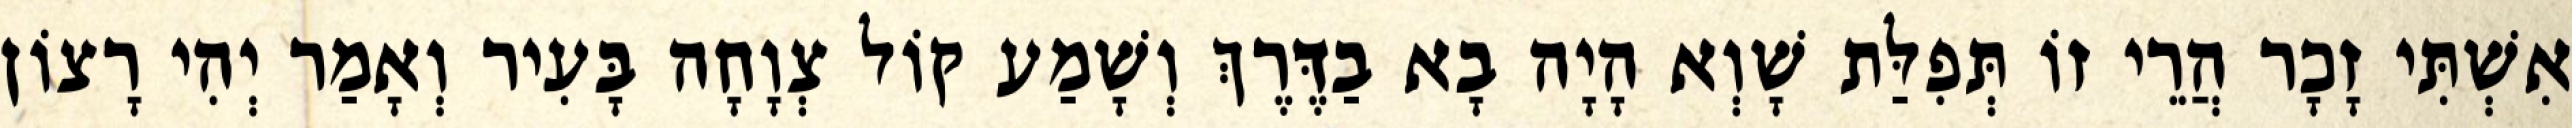
אִשְׁתִּי זָכָר הֲרֵי זוֹ תְּפִלַּת שָׁוְא הָיָה בָא בַדֶּרֶךְ וְשָׁמַע קוֹל צְוָחָה בָּעִיר וְאָמַר יְהִי רָצוֹן